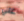
علي